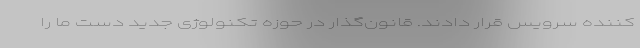
‌کننده سرویس قرار دادند. قانون‌گذار در حوزه تکنولوژی جدید دست ما را